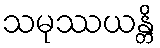
သမုဿယန္တိ